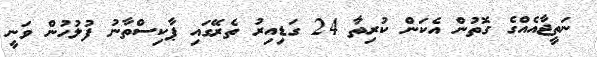
ނަތީޖާއެއްގެ ގޮތުން އެކަން ކުރިތާ 24 ގަޑިއިރު ތެރޭގައި ޕާކިސްތާނު ފުލުހުން ވަނީ